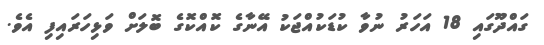
ގައްދޫގައި 18 އަހަރު ނުވާ ކުޑަކުއްޖަކު އޭނާގެ ކޮއްކޮގެ ބޮލަށް ވަޅިހަރައިފި އެވެ.